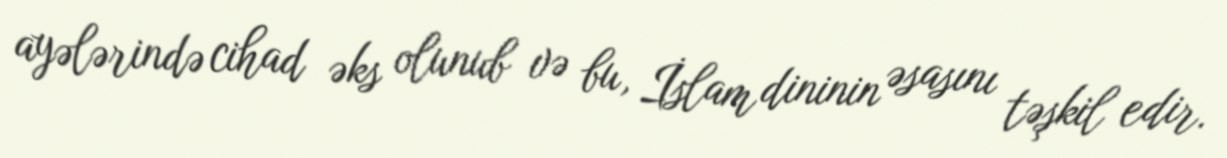
ayələrində cihad əks olunub və bu, İslam dininin əsasını təşkil edir.